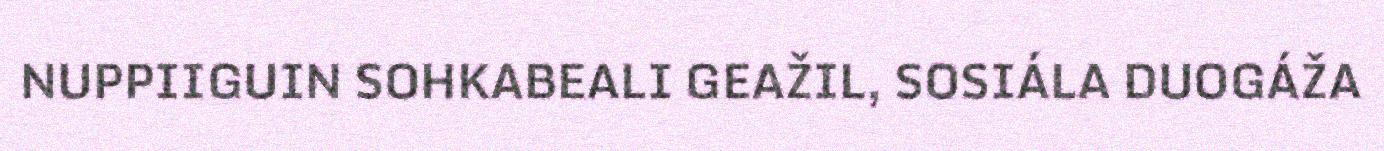
NUPPIIGUIN SOHKABEALI GEAŽIL, SOSIÁLA DUOGÁŽA